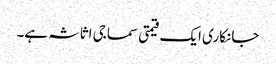
جانکاری ایک قیمتی سماجی اثاثہ ہے۔